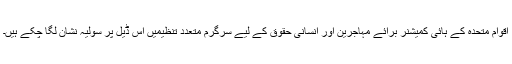
اقوام متحدہ کے ہائی کميشنر برائے مہاجرين اور انسانی حقوق کے ليے سرگرم متعدد تنظيميں اس ڈيل پر سوليہ نشان لگا چکے ہيں۔